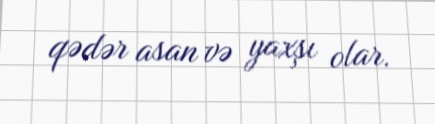
qədər asan və yaxşı olar.